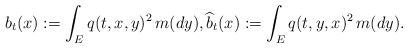
\begin{align*}b_t(x):=\int_E q(t,x,y)^2\,m(dy),\widehat{b}_t(x):=\int_E q(t,y,x)^2\,m(dy).\end{align*}